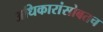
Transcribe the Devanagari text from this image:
अधिकारांसोबतच